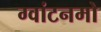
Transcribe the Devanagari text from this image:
ग्वांटनमो